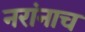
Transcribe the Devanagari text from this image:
नरांनाच